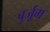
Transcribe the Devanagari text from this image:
बुर्जूग